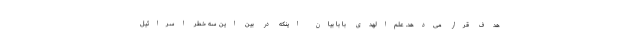
هدف قرار می‌دهد. علم‌الهدی با با بیان اینکه در بین این سه خطر اسرائیل